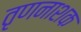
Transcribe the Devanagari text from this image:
तृणनाशक